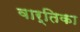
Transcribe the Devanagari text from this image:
वार्तिका